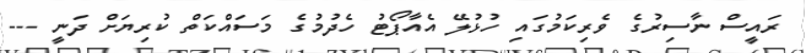
ރައީސް ނާސިރުގެ ވެރިކަމުގައި ހުުޅުލޭ އެއާޕޯޓު ހެދުމުގެ މަސައްކަތް ކުރިޔަށް ދަނީ ---